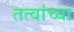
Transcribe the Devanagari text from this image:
तत्वांच्या